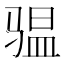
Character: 𮹌